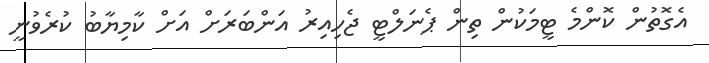
އެގޮތުން ކޮންމެ ޓީމަކުން ތިން ޕެނަލްޓީ ޖެހިއިރު އަންބަރަށް އަށް ކާމިޔާބު ކުރެވުނީ